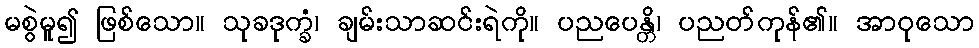
မစွဲမူ၍ ဖြစ်သော။ သုခဒုက္ခံ၊ ချမ်းသာဆင်းရဲကို။ ပညပေန္တိ၊ ပညတ်ကုန်၏။ အာဝုသော